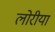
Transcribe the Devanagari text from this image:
लोरीयां